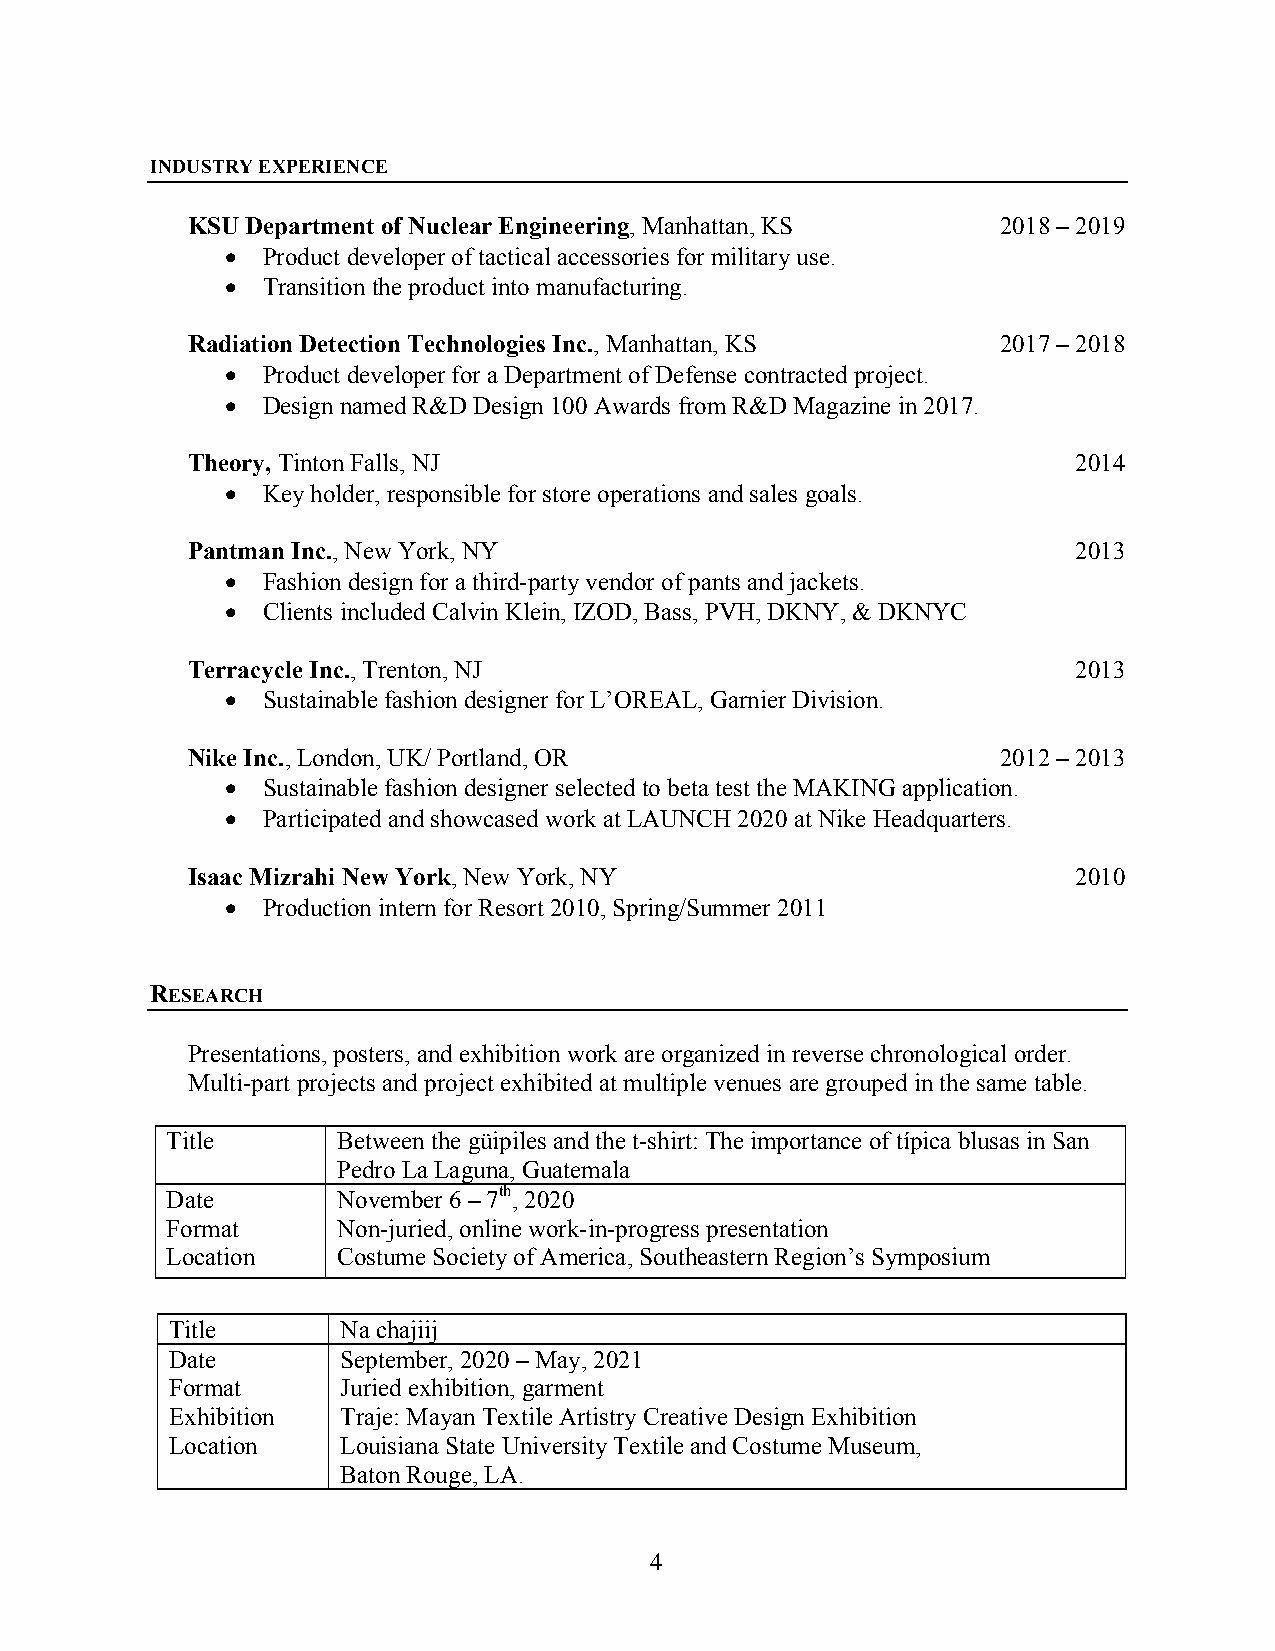
INDUSTRY EXPERIENCE
 KSU Department of Nuclear Engineering, Manhattan, KS  2018 – 2019
 • Product developer of tactical accessories for military use.
 • Transition the product into manufacturing.
 Radiation Detection Technologies Inc., Manhattan, KS  2017 – 2018
 • Product developer for a Department of Defense contracted project.
 • Design named R&D Design 100 Awards from R&D Magazine in 2017.
 Theory, Tinton Falls, NJ                                   2014
 • Key holder, responsible for store operations and sales goals.
 Pantman Inc., New York, NY                                 2013
 • Fashion design for a third-party vendor of pants and jackets.
 • Clients included Calvin Klein, IZOD, Bass, PVH, DKNY, & DKNYC
 Terracycle Inc., Trenton, NJ                               2013
 • Sustainable fashion designer for L’OREAL, Garnier Division.
 Nike Inc., London, UK/ Portland, OR                   2012 – 2013
 • Sustainable fashion designer selected to beta test the MAKING application.
 • Participated and showcased work at LAUNCH 2020 at Nike Headquarters.
 Isaac Mizrahi New York, New York, NY                       2010
 • Production intern for Resort 2010, Spring/Summer 2011
 RESEARCH
 Presentations, posters, and exhibition work are organized in reverse chronological order.
 Multi-part projects and project exhibited at multiple venues are grouped in the same table.
 Title      Between the güipiles and the t-shirt: The importance of típica blusas in San
 Pedro La Laguna, Guatemala
 Date       November 6 – 7th, 2020
 Format     Non-juried, online work-in-progress presentation
 Location   Costume Society of America, Southeastern Region’s Symposium
 Title       Na chajiij
 Date        September, 2020 – May, 2021
 Format      Juried exhibition, garment
 Exhibition  Traje: Mayan Textile Artistry Creative Design Exhibition
 Location    Louisiana State University Textile and Costume Museum,
 Baton Rouge, LA.
 4